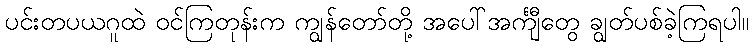
ပင်းတပယဂူထဲ ဝင်ကြတုန်းက ကျွန်တော်တို့ အပေါ်အင်္ကျီတွေ ချွတ်ပစ်ခဲ့ကြရပါ။